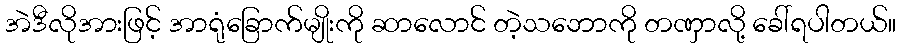
အဲဒီလိုအားဖြင့် အာရုံခြောက်မျိုးကို ဆာလောင် တဲ့သဘောကို တဏှာလို့ ခေါ်ရပါတယ်။